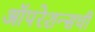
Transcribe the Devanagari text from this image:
ऑपरेशन्सची